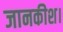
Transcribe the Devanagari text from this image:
जानकीश।